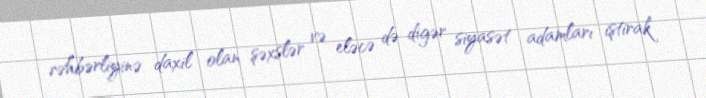
rəhbərliyinə daxil olan şəxslər və eləcə də digər siyasət adamları iştirak